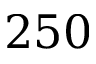
2 5 0